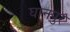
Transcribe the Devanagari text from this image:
घानपुर